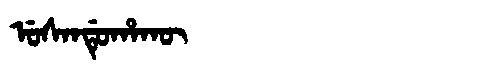
Manchu: ᡠᠰᠠᠨᡩᡠᡥᠠᡴᡡ
Romanization: USANDUHAKŪ